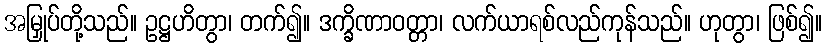
အမြှုပ်တို့သည်။ ဥဋ္ဌဟိတွာ၊ တက်၍။ ဒက္ခိဏာဝတ္တာ၊ လက်ယာရစ်လည်ကုန်သည်။ ဟုတွာ၊ ဖြစ်၍။